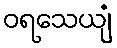
ဝရသေယျံ